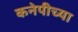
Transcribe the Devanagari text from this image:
कनेपीच्या